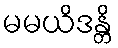
မမယိဒန္တိ